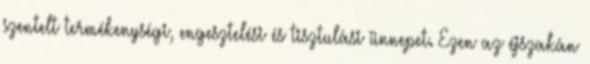
szentelt termékenységi, engesztelési és tisztulási ünnepet. Ezen az éjszakán